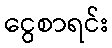
ငွေစာရင်း